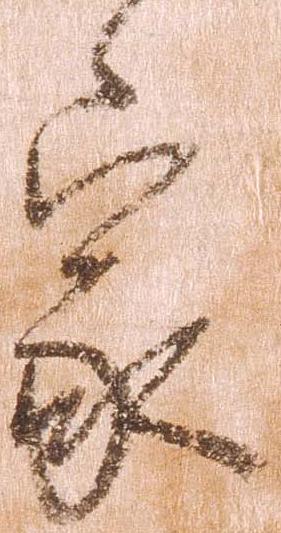
家